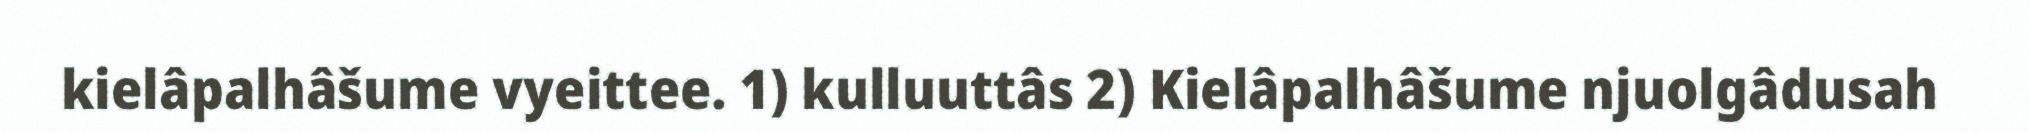
kielâpalhâšume vyeittee. 1) kulluuttâs 2) Kielâpalhâšume njuolgâdusah